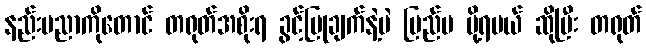
နည်းပညာကိုတောင် တရုတ်အစိုးရ ခွင့်ပြုချက်နဲ့ပဲ ပြည်ပ ပို့ရမယ် ဆိုပြီး တရုတ်